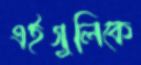
এইগুলিকে